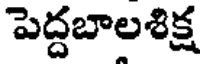
పెద్దబాలశిక్ష